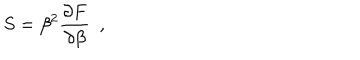
LaTeX: S = \beta ^ { 2 } { \frac { \partial F } { \partial \beta } } ~ ~ , ~ ~